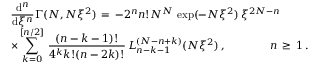
\begin{array} { l } { \displaystyle \frac { \mathrm { d } ^ { n } } { \mathrm { d } \xi ^ { n } } \Gamma ( N , N \xi ^ { 2 } ) \, = \, - 2 ^ { n } n ! N ^ { N } \, \exp ( - N \xi ^ { 2 } ) \, \xi ^ { 2 N - n } \, } \\ { \displaystyle \times \sum _ { k = 0 } ^ { [ n / 2 ] } \, \frac { ( n - k - 1 ) ! } { 4 ^ { k } k ! ( n - 2 k ) ! } \, L _ { n - k - 1 } ^ { ( N - n + k ) } ( N \xi ^ { 2 } ) \, , \qquad \qquad n \, \ge \, 1 \, . } \end{array}